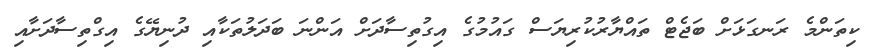
ކިތަންމެ ރަނގަޅަށް ބަޖެޓް ތައްޔާރުކުރިޔަސް ގައުމުގެ އިގުތިސާދަށް އަންނަ ބަދަލުތަކާއި ދުނިޔޭގެ އިގްތިސާދަށާއި